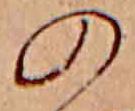
の